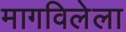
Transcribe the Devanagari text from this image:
मागविलेला